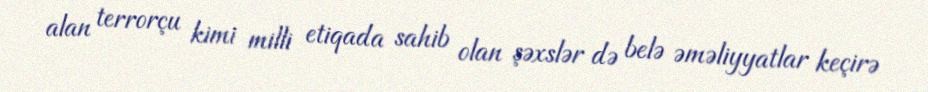
alan terrorçu kimi milli etiqada sahib olan şəxslər də belə əməliyyatlar keçirə